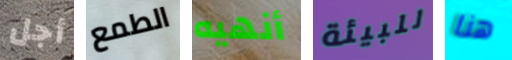
أجل الطمع أنهيه للبيئة هنا